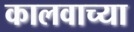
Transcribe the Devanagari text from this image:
कालवाच्या